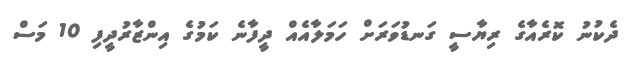
ދެކުނު ކޮރެއާގެ ރިޔާސީ ގަނޑުވަރަށް ހަމަލާއެއް ދީފާނެ ކަމުގެ އިންޒާރުދީފި 10 މަސް